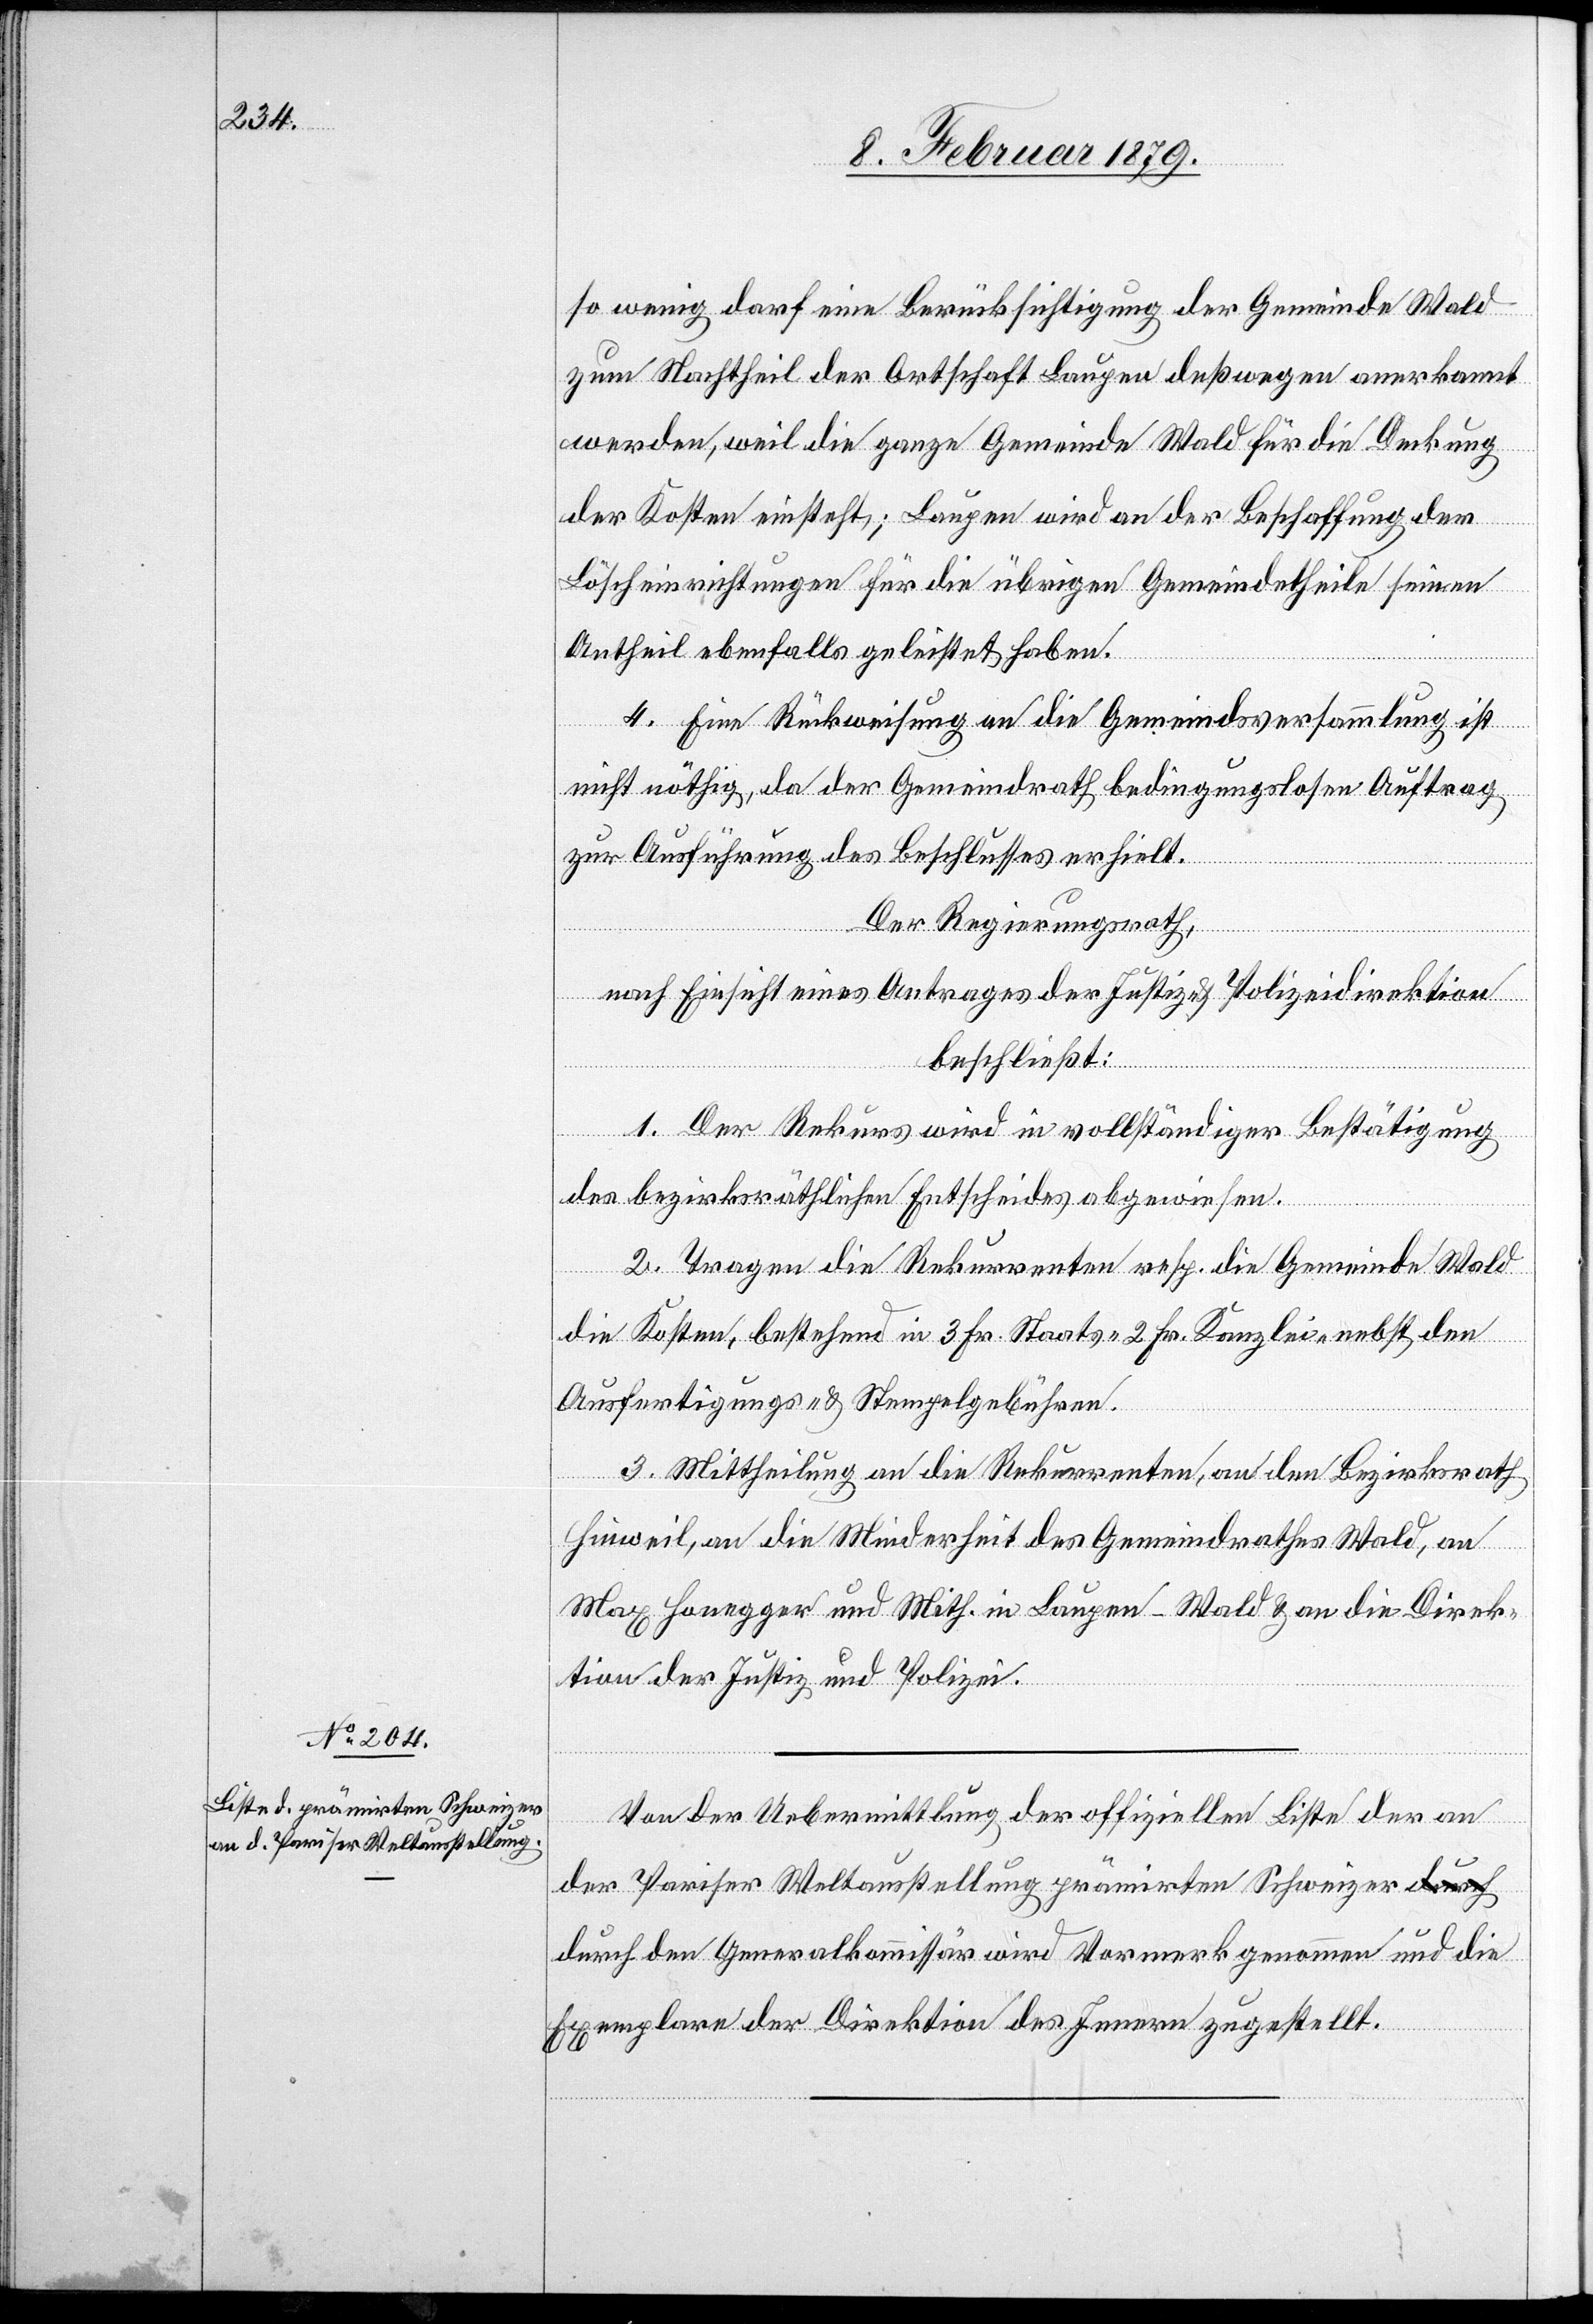
so wenig darf eine Berücksichtigung der Gemeinde Wald
zum Nachtheil der Ortschaft Laupen deßwegen anerkannt
werden, weil die ganze Gemeinde Wald für die Deckung
der Kosten einsteht; Laupen wird an der Beschaffung der
Löscheinrichtungen für die übrigen Gemeindetheile seinen
Antheil ebenfalls geleistet haben.
4. Eine Rückweisung an die Gemeindsversammlung ist
nicht nöthig, da der Gemeindrath bedingungslosen Auftrag
zur Ausführung des Beschlusses erhielt.
Der Regierungsrath,
nach Einsicht eines Antrages der Justiz- & Polizeidirektion
beschließt:
1. Der Rekurs wird in vollständiger Bestätigung
des bezirksräthlichen Entscheides abgewiesen.
2. Tragen die Rekurrenten resp. die Gemeinde Wald
die Kosten, bestehend in 3 Fr. Staats- 2 Fr. Kanzlei- nebst den
Ausfertigungs- & Stempelgebühren.
3. Mittheilung an die Rekurrenten, an den Bezirksrath
Hinweil, an die Minderheit des Gemeindrathes Wald, an
Max Honegger und Mith. in Laupen - Wald & an die Direk¬
tion der Justiz und Polizei.
Von der Uebermittlung der offiziellen Liste der an
der Pariser Weltausstellung prämirten Schweizer
durch den Generalkommissär wird Vormerk genommen und die
Exemplare der Direktion des Innern zugestellt.